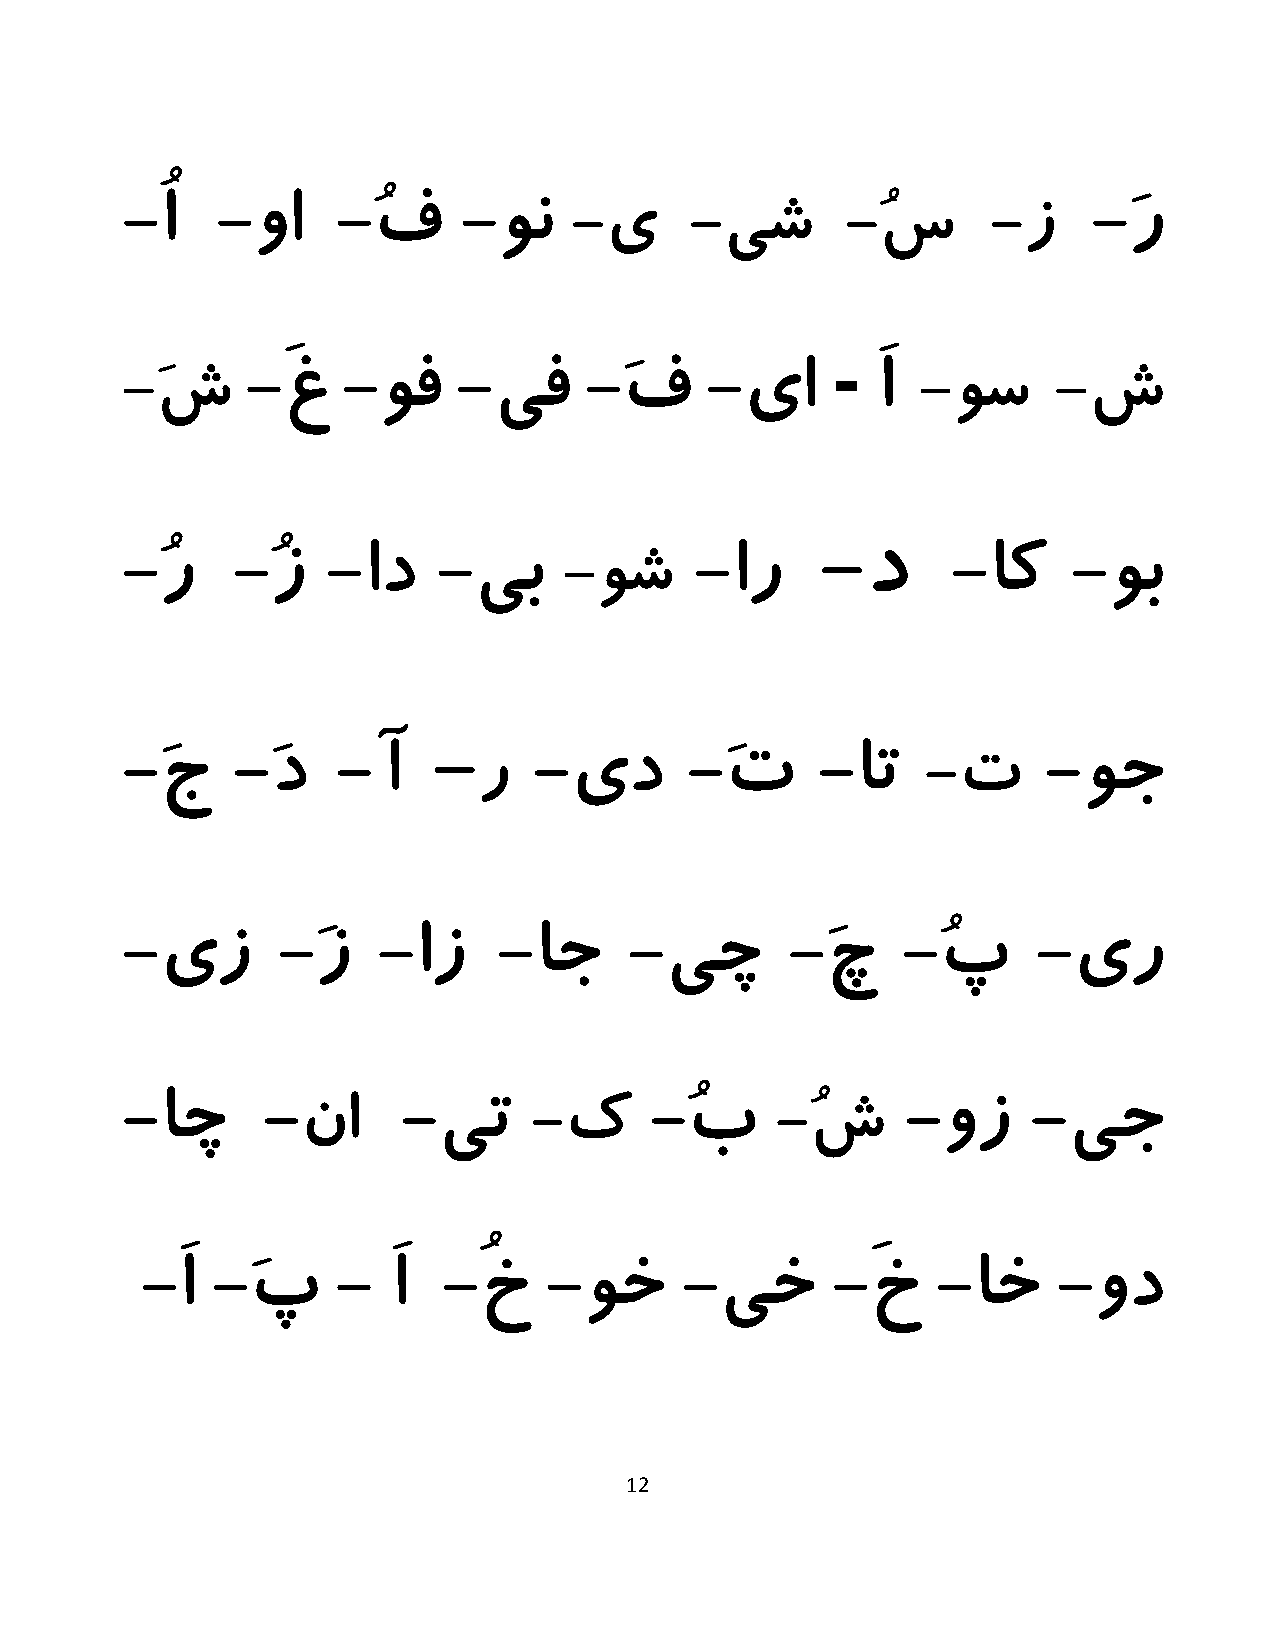
-ُا   -وا     -ُف     -ون     -ی      -یش       -ُس       -ز    -َر
 -
 -َش     -َغ    -وف    -یف      -َف     -یا        َا -وس      -ش
 -ُر    -ُز    -اد    -یب     -وش      -ار     -د       -اک     -وب
 -َج    -َد    -آ     -  ر  -ید       -َت      -ات    -ت      -وج
 -یز       -َز    -از     -اج      -یچ       -َچ     -ُپ      -یر
 -اچ      -نا       -یت     -ک      -ُب     -ُش      -وز     -یج
 -
 -َا  -َپ     -   َا -ُخ    -وخ      -یخ       -َخ    -اخ     -ود
 12